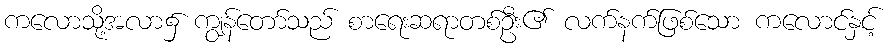
ကလောသို့အလာ၌ ကျွန်တော်သည် စာရေးဆရာတစ်ဦး၏ လက်နက်ဖြစ်သော ကလောင်နှင့်